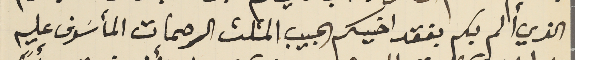
الذي ألم بكم بفقد اخيكم الحبيب المثلث الرحمات المأسَوف عليه